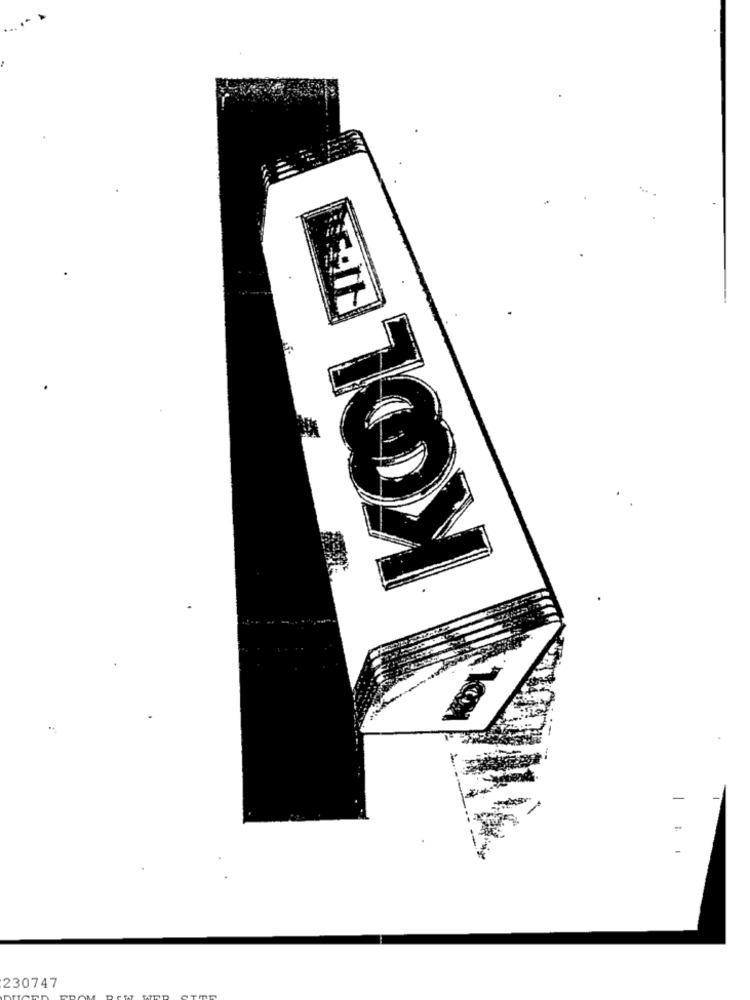
KOL
-
230747